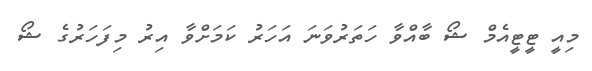
މިއީ ޓީޓީއެމް ޝޯ ބާއްވާ ހަތަރުވަނަ އަހަރު ކަމަށްވާ އިރު މިފަހަރުގެ ޝޯ